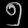
Digit: ၅